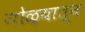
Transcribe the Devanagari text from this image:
गोळ्यातून